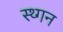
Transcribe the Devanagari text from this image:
स्थ्गन